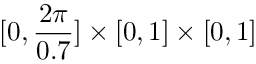
[ 0 , \frac { 2 \pi } { 0 . 7 } ] \times [ 0 , 1 ] \times [ 0 , 1 ]